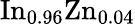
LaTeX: \mathrm{{In}_{0.96}\mathrm{{Zn}_{0.04}}}